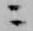
ニ